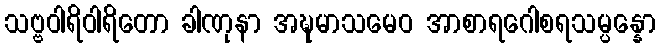
သဗ္ဗဝါရိဝါရိတော ခါဏုနာ အဍ္ဎမာသမေဝ အာစာရဂေါစရသမ္ပန္နော